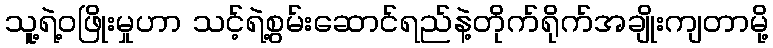
သူ့ရဲ့ဝဖြိုးမှုဟာ သင့်ရဲ့စွမ်းဆောင်ရည်နဲ့တိုက်ရိုက်အချိုးကျတာမို့